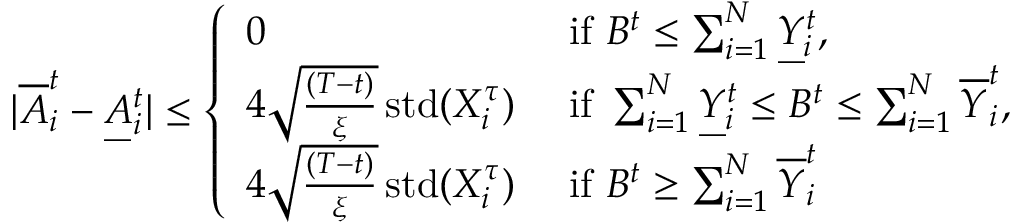
\begin{array} { r } { | \overline { { A } } _ { i } ^ { t } - \underbar { A } _ { i } ^ { t } | \leq \left\{ \begin{array} { l l } { 0 } & { \mathrm { ~ i f ~ } B ^ { t } \leq \sum _ { i = 1 } ^ { N } \underbar { Y } _ { i } ^ { t } , } \\ { 4 \sqrt { \frac { ( T - t ) } { { \xi } } } \operatorname { s t d } ( X _ { i } ^ { \tau } ) } & { \mathrm { ~ i f ~ } \sum _ { i = 1 } ^ { N } \underbar { Y } _ { i } ^ { t } \leq B ^ { t } \leq \sum _ { i = 1 } ^ { N } \overline { { Y } } _ { i } ^ { t } , } \\ { 4 \sqrt { \frac { ( T - t ) } { { \xi } } } \operatorname { s t d } ( X _ { i } ^ { \tau } ) } & { \mathrm { ~ i f ~ } B ^ { t } \geq \sum _ { i = 1 } ^ { N } \overline { { Y } } _ { i } ^ { t } } \end{array} \right. } \end{array}